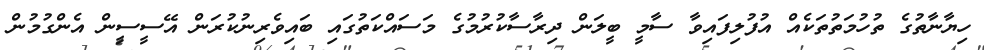
ހިޔާނާތުގެ ތުހުމަތުތަކެއް އުފުލިފައިވާ ސާމީ ބީލަން ދިރާސާކުރުމުގެ މަސައްކަތުގައި ބައިވެރިނުކުރަން އޭސީސީން އެންގުމުން